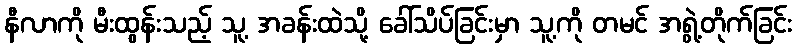
နီလာကို မီးထွန်းသည့် သူ့ အခန်းထဲသို့ ခေါ်သိပ်ခြင်းမှာ သူ့ကို တမင် အရွဲ့တိုက်ခြင်း